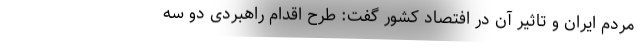
مردم ایران و تاثیر آن در افتصاد کشور گفت: طرح اقدام راهبردی دو سه